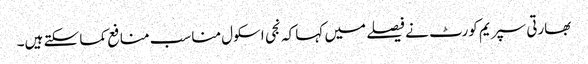
بھارتی سپریم کورٹ نے فیصلے میں کہا کہ نجی اسکول مناسب منافع کما سکتے ہیں۔